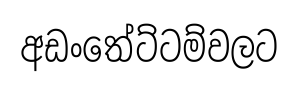
අඩංතේට්ටම්වලට